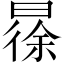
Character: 𣉹